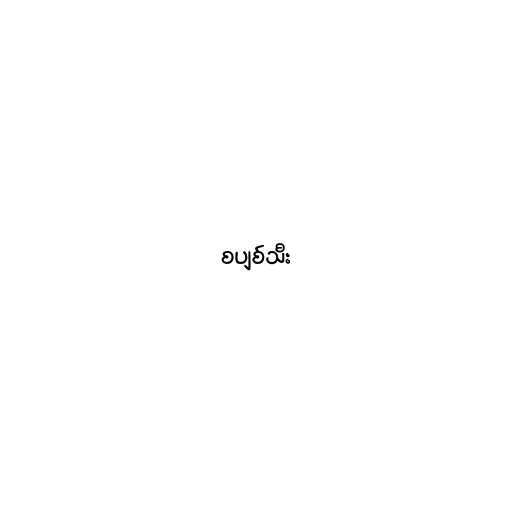
စပျစ်သီး